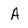
Character: A